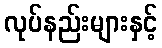
လုပ်နည်းများနှင့်